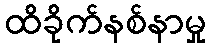
ထိခိုက်နစ်နာမှု